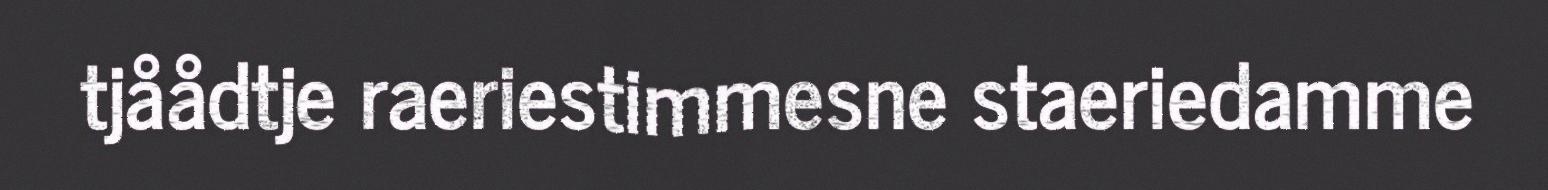
tjåådtje raeriestimmesne staeriedamme